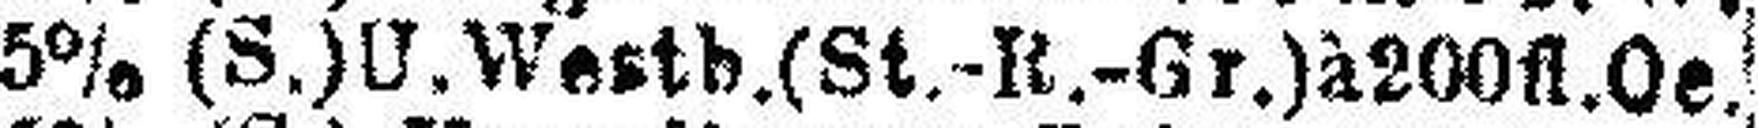
5% (S.) U. Westb.(St.-R.-Gr.) à 200 fl. Oe.